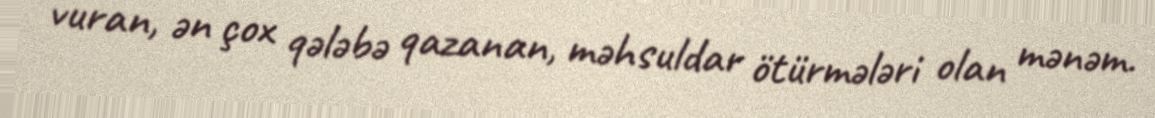
vuran, ən çox qələbə qazanan, məhsuldar ötürmələri olan mənəm.